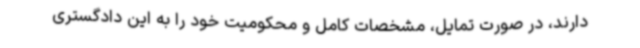
دارند، در صورت تمایل، مشخصات کامل و محکومیت خود را به این دادگستری